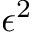
\epsilon ^ { 2 }